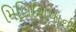
મિલિશિયાની